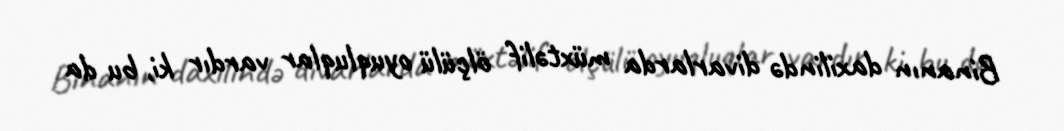
Binanın daxilində divarlarda müxtəlif ölçülü oyuqluqlar vardır ki, bu da